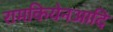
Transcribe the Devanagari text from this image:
रामकियेनआदि